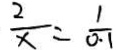
\frac { 2 } { x } = \frac { 1 } { 0 . 1 }